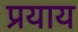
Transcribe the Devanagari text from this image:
प्रयाय